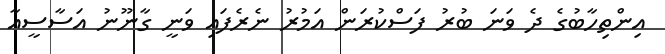
އިންތިހާބުގެ ދެ ވަނަ ބުރު ފަސްކުރަން އަމުރު ނެރެފައި ވަނީ ގާނޫނު އަސާސީއާ